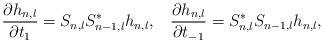
LaTeX: \begin{align*}\frac{\partial h_{n,l}}{\partial t_{1}}=S_{n,l}S_{n-1,l}^{*}h_{n,l},\;\;\;\frac{\partial h_{n,l}}{\partial t_{-1}}=S_{n,l}^{*}S_{n-1,l}h_{n,l},\end{align*}